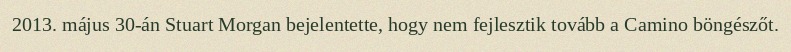
2013. május 30-án Stuart Morgan bejelentette, hogy nem fejlesztik tovább a Camino böngészőt.